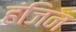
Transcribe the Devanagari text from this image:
हंजिन